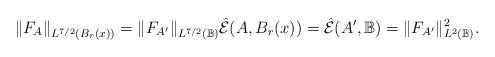
LaTeX: \begin{align*}\|F_A\|_{L^{7/2}(B_r(x))} = \|F_{A'}\|_{L^{7/2}(\mathbb{B})} \hat{\mathcal{E}}(A, B_r(x)) = \hat{\mathcal{E}}(A', \mathbb{B}) = \|F_{A'}\|^2_{L^2(\mathbb{B})}. \end{align*}